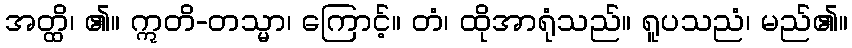
အတ္ထိ၊ ၏။ ဣတိ-တသ္မာ၊ ကြောင့်။ တံ၊ ထိုအာရုံသည်။ ရူပသညံ၊ မည်၏။